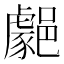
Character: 𨞦